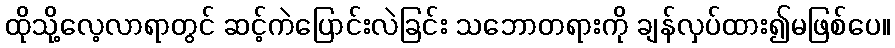
ထိုသို့လေ့လာရာတွင် ဆင့်ကဲပြောင်းလဲခြင်း သဘောတရားကို ချန်လှပ်ထား၍မဖြစ်ပေ။